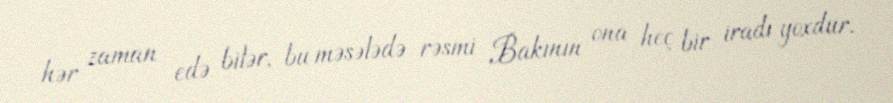
hər zaman edə bilər, bu məsələdə rəsmi Bakının ona heç bir iradı yoxdur.